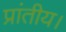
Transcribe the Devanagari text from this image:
प्रांतीय।